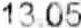
13.05